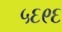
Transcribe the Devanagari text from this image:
५६९६